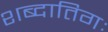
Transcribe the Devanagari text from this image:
शब्दातिगः